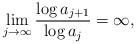
LaTeX: \begin{align*} \lim_{j\to\infty} \frac{\log a_{j+1}}{\log a_{j}}= \infty,\end{align*}